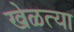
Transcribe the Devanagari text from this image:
खेळत्या